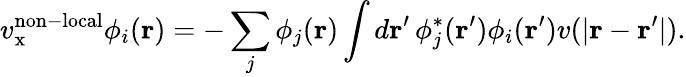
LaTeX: v_{\mathrm{x}}^{\mathrm{non-local}}\phi_{i}(\mathbf{r})=-\sum_{j}\phi_{j}(\mathbf{r})\int d\mathbf{r}^{\prime}\, \phi_{j}^{*}(\mathbf{r}^{\prime})\phi_{i}(\mathbf{r}^{\prime})v(|\mathbf{r}-\mathbf{r}^{\prime}|).